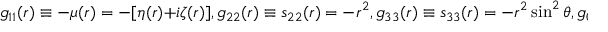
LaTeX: g _ { 1 1 } ( r ) \equiv - \mu ( r ) = - [ \eta ( r ) + i \zeta ( r ) ] , g _ { 2 2 } ( r ) \equiv s _ { 2 2 } ( r ) = - r ^ { 2 } , g _ { 3 3 } ( r ) \equiv s _ { 3 3 } ( r ) = - r ^ { 2 } \sin ^ { 2 } \theta , g _ { 0 0 } ( r ) \equiv \gamma ( r ) = \alpha ( r ) + i \beta ( r ) .